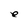
Character: e